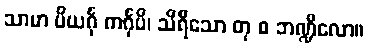
သာမာ ပိယင်္ဂု ကင်္ဂုပိ၊ သိရီသော တု စ ဘဏ္ဍိလော။